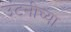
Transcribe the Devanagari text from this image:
उंटनीच्या